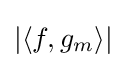
\left|\left\langle f,g_{m}\right\rangle \right|